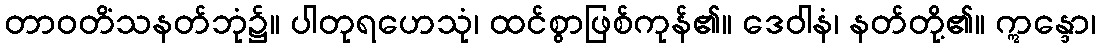
တာဝတိံသနတ်ဘုံ၌။ ပါတုရဟေသုံ၊ ထင်စွာဖြစ်ကုန်၏။ ဒေဝါနံ၊ နတ်တို့၏။ ဣန္ဒော၊